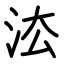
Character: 㳒